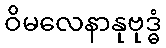
ဝိမလေနာနုဗုဒ္ဓံ